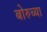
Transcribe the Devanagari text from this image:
बोरुच्या